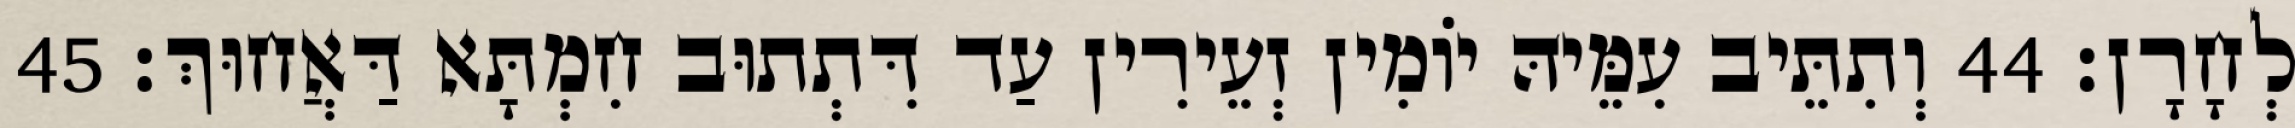
לְחָרָן׃ 44 וְתִתֵּיב עִמֵּיהּ יוֹמִין זְעֵירִין עַד דִּתְתוּב חִמְתָּא דַּאֲחוּךְ׃ 45